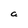
Character: a